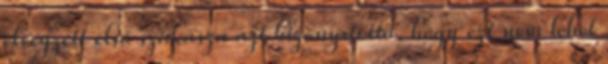
elvégzett első szakasza azt bizonyította, hogy ezt nem lehet